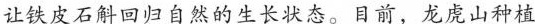
让铁皮石斛回归自然的生长状态。目前，龙虎山种植